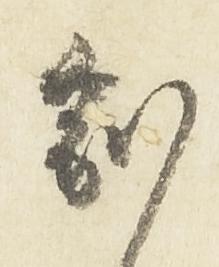
副